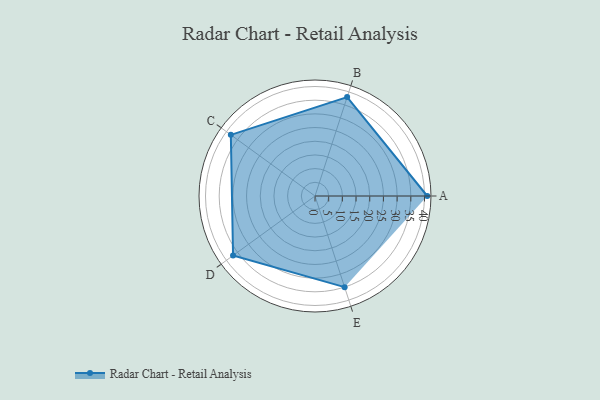
{"axis": {"x": "Skill", "y": "Score"}, "legend": ["Profile"], "data": [{"x": "A", "y": 41.0, "type": "Profile"}, {"x": "B", "y": 38.0, "type": "Profile"}, {"x": "C", "y": 38.0, "type": "Profile"}, {"x": "D", "y": 37.0, "type": "Profile"}, {"x": "E", "y": 35.0, "type": "Profile"}]}